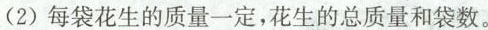
（2）每袋花生的质量一定，花生的总质量和袋数。